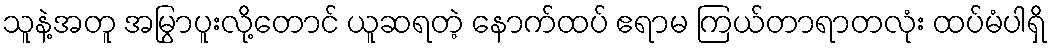
သူနဲ့အတူ အမြွာပူးလို့တောင် ယူဆရတဲ့ နောက်ထပ် ဧရာမ ကြယ်တာရာတလုံး ထပ်မံပါရှိ